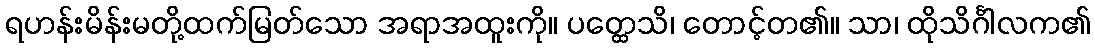
ရဟန်းမိန်းမတို့ထက်မြတ်သော အရာအထူးကို။ ပတ္ထေသိ၊ တောင့်တ၏။ သာ၊ ထိုသိင်္ဂါလက၏